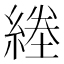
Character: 𦂙